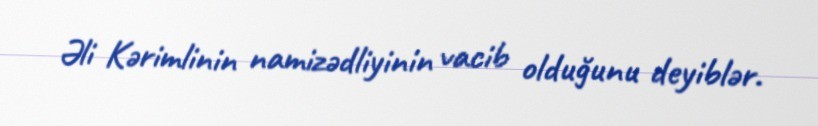
Əli Kərimlinin namizədliyinin vacib olduğunu deyiblər.